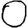
Digit: 0